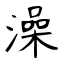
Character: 澡